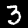
Label: 3